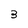
Character: 3